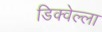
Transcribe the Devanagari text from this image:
डिक्वेल्ला